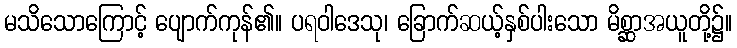
မသိသောကြောင့် ပျောက်ကုန်၏။ ပရဝါဒေသု၊ ခြောက်ဆယ့်နှစ်ပါးသော မိစ္ဆာအယူတို့၌။